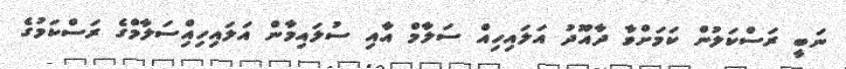
ނަބީ ރަސްކަލުން ކަަމަށްވާ ދާއޫދު އަލައިހިއް ސަލާމް އާއި ސުލައިމާން އަލައިހިއިްސަލާމްގެ ރަސްކަމުގެ